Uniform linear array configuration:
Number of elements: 4
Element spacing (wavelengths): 0.5
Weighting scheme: kaiser
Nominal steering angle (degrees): -15
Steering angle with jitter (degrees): -14.684
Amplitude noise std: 0.05
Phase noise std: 0.05

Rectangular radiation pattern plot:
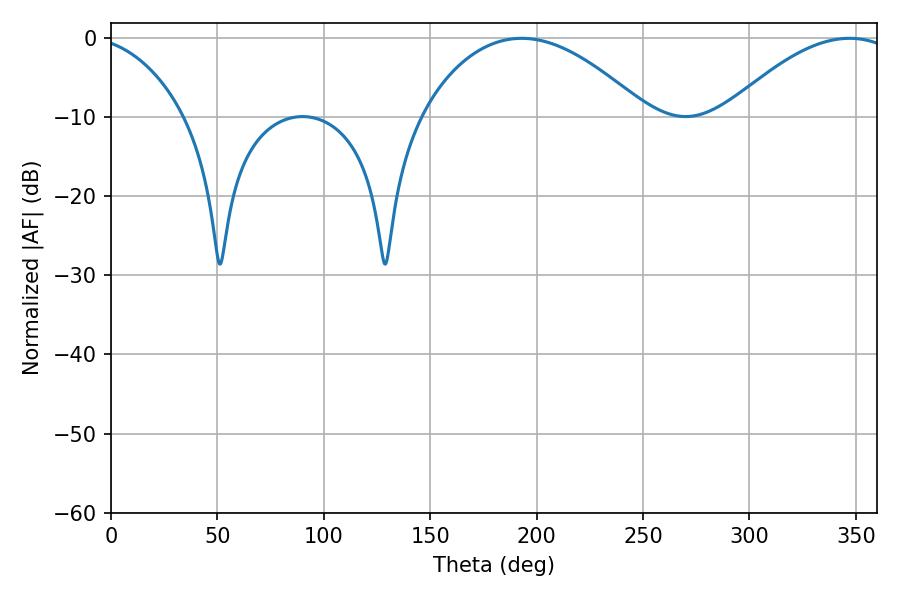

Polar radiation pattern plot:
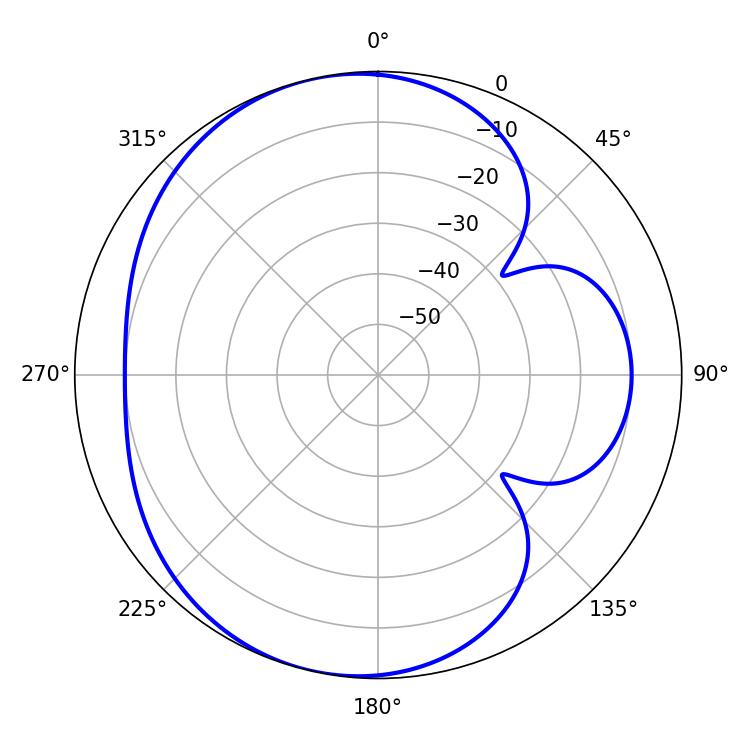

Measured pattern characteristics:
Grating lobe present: FALSE
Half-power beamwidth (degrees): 58.86
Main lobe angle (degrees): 192.96